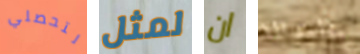
لتحصلي لمثل ان بالعدالة